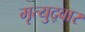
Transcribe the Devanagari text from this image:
मृत्युद्वार